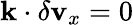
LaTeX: \mathbf{k}\cdot\delta\mathbf{v}_{x}=0